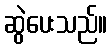
ဆွဲပေးသည်။